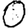
Digit: 0